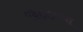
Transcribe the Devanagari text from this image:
ए३००च्या